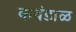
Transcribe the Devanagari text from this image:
कवंडाळ